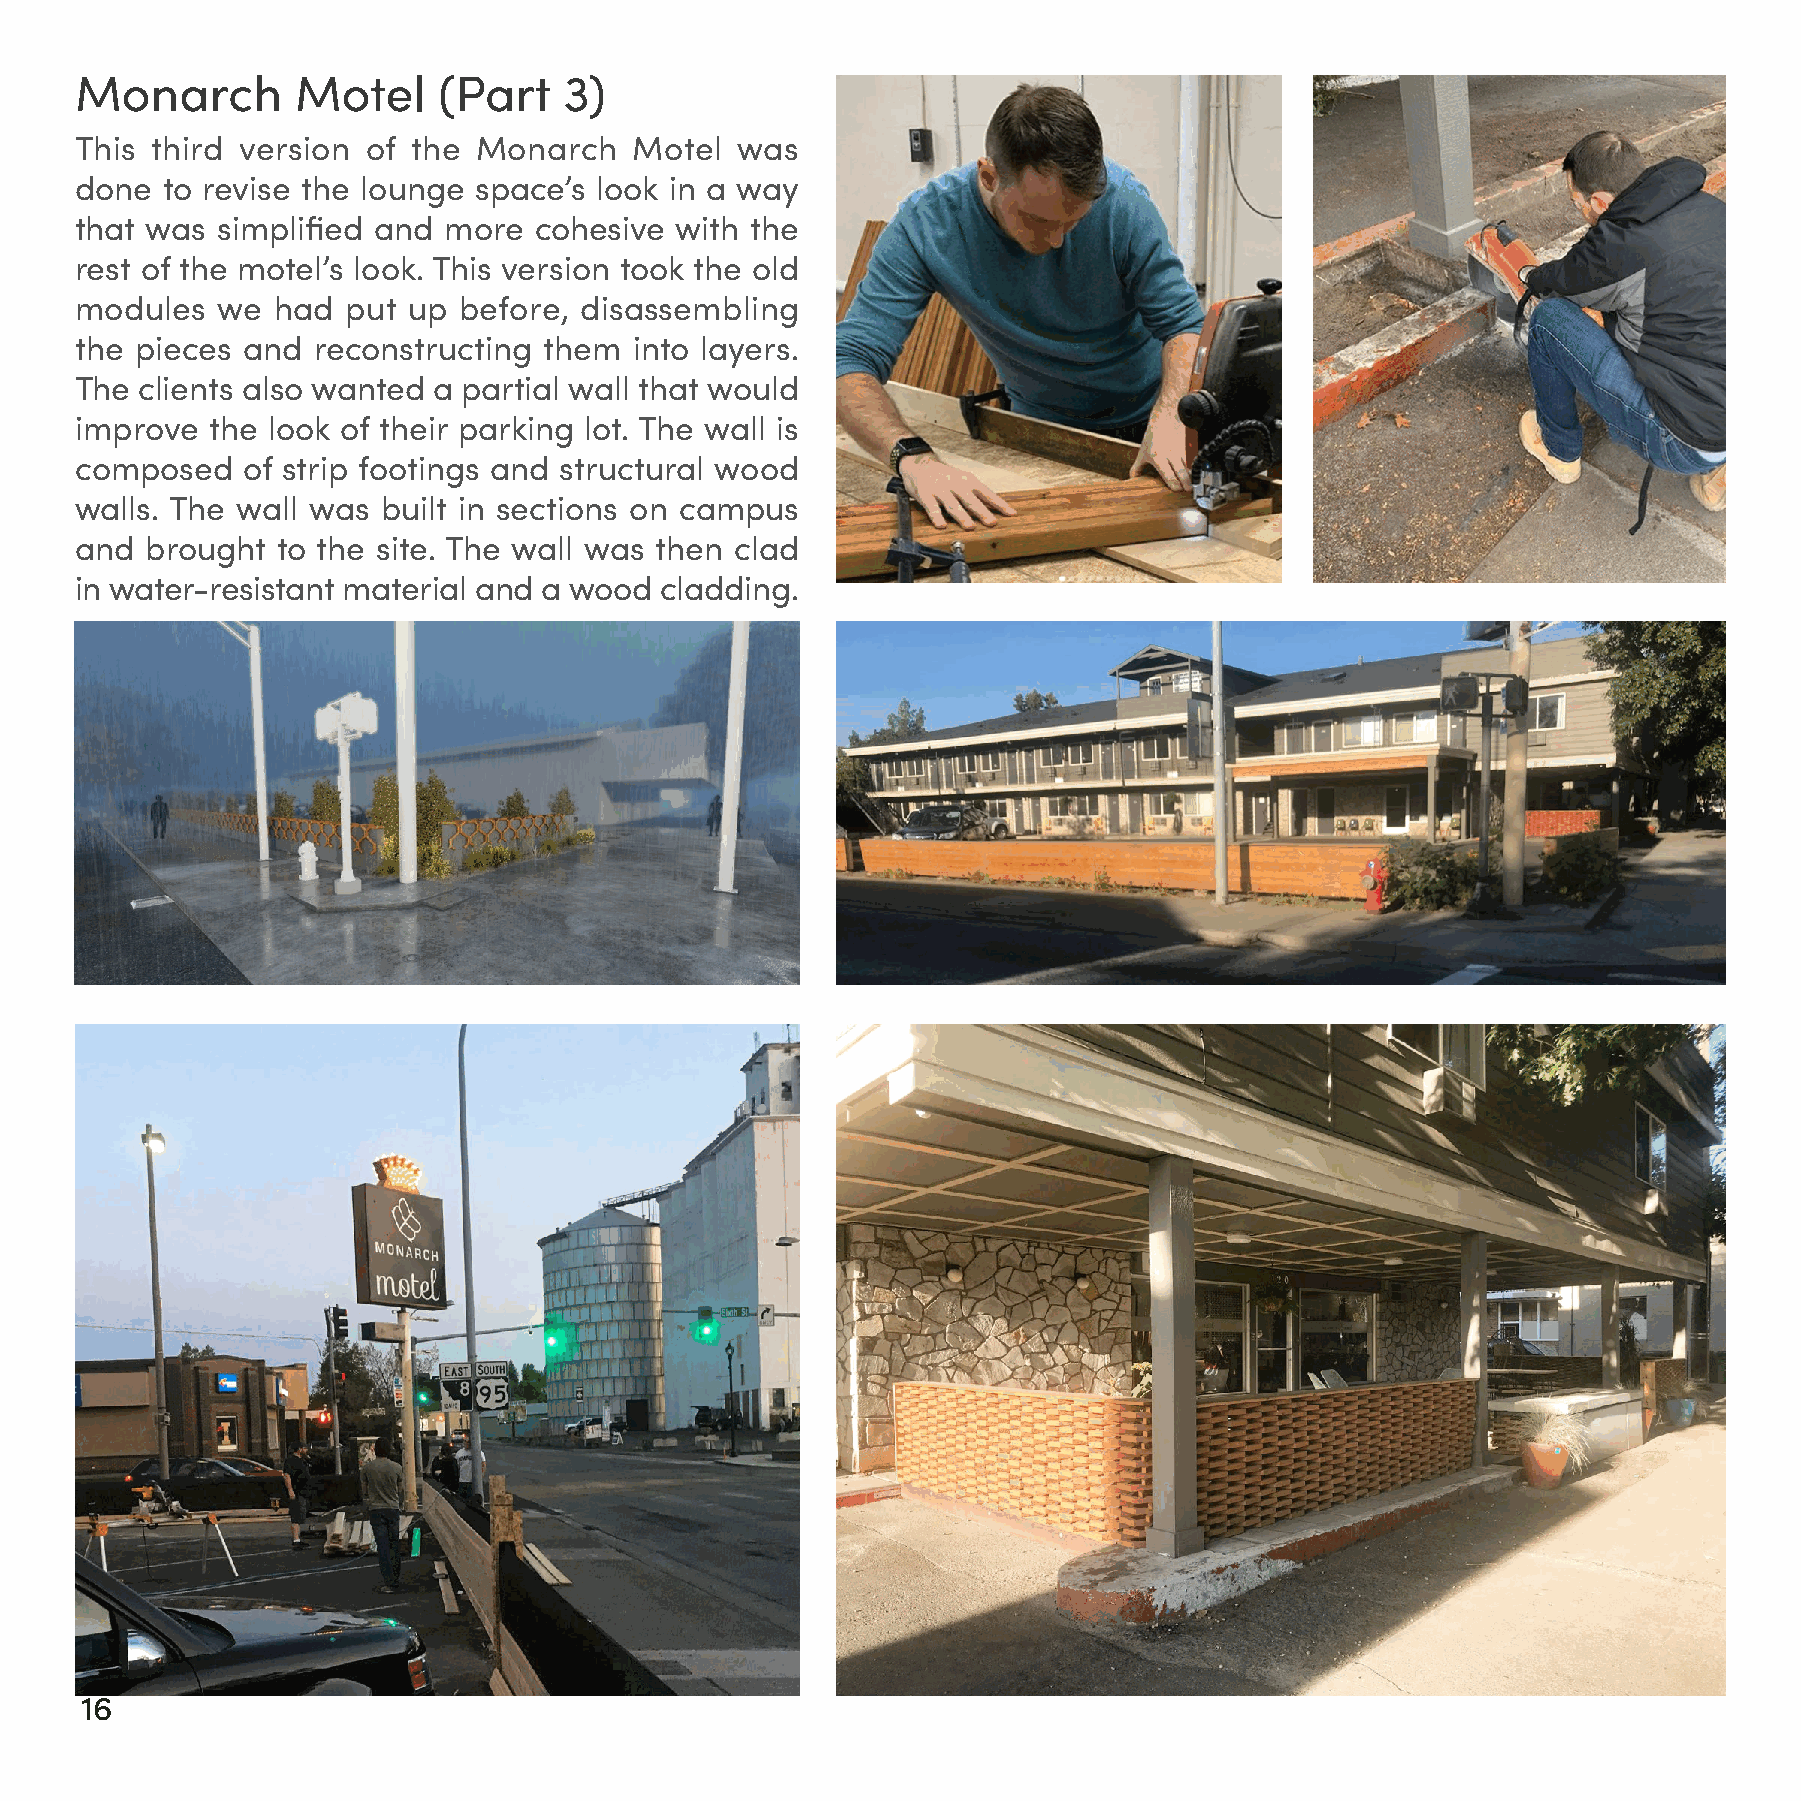
Monarch        Motel    (Part   3)
 This third version of the  Monarch   Motel  was
 done  to revise the lounge space’s look in a way
 that was simplified and more  cohesive  with the
 rest of the motel’s look. This version took the old
 modules  we  had  put up before, disassembling
 the pieces and  reconstructing them  into layers.
 The clients also wanted a partial wall that would
 improve  the look of their parking lot. The wall is
 composed   of strip footings and structural wood
 walls. The wall was built in sections on campus
 and  brought to the site. The wall was then clad
 in water-resistant material and a wood cladding.
 16                                                                                                                                                                                                                                17